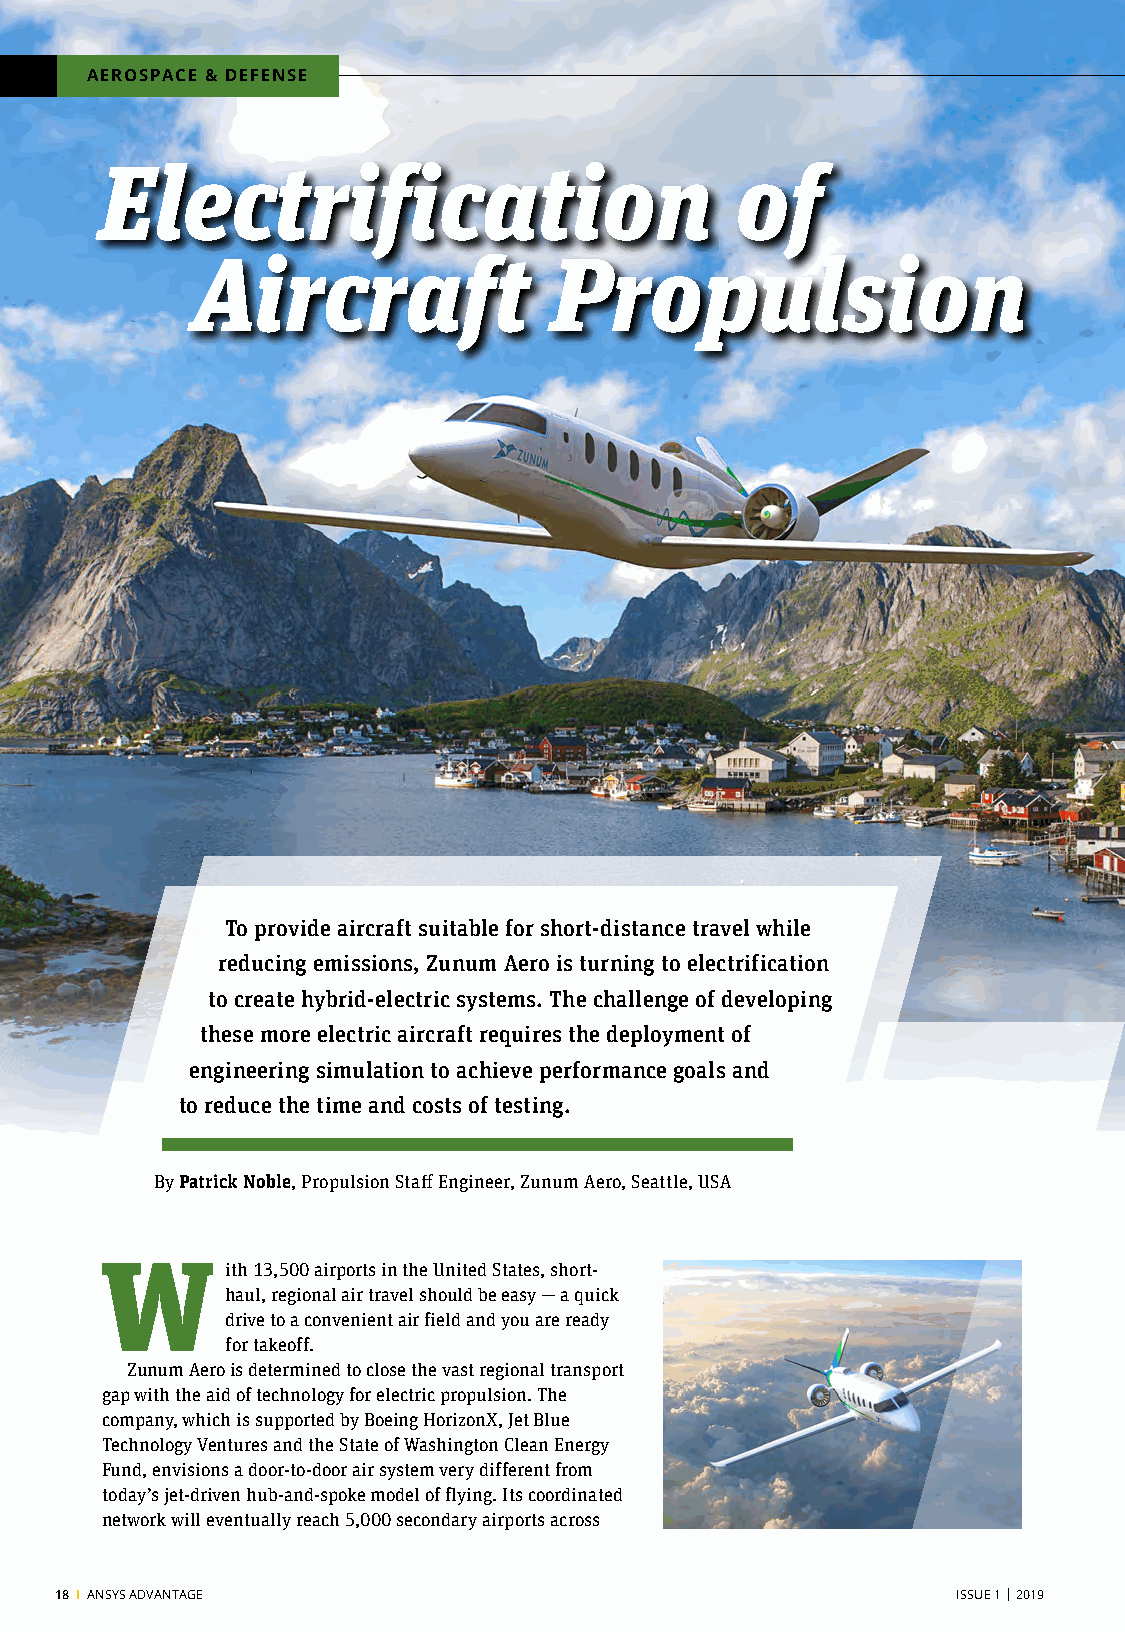
AEROSPACE & DEFENSE
 Electrification                           of
 Aircraft               Propulsion
 To provide aircraft suitable for short-distance travel while
 reducing emissions, Zunum Aero is turning to electrification
 to create hybrid-electric systems. The challenge of developing
 these more electric aircraft requires the deployment of
 engineering simulation to achieve performance goals and
 to reduce the time and costs of testing.
 By Patrick Noble, Propulsion Staff Engineer, Zunum Aero, Seattle, USA
 W       ith 13,500 airports in the United States, short-
 haul, regional air travel should be easy — a quick
 drive to a convenient air field and you are ready
 for takeoff.
 Zunum Aero is determined to close the vast regional transport
 gap with the aid of technology for electric propulsion. The
 company, which is supported by Boeing HorizonX, Jet Blue
 Technology Ventures and the State of Washington Clean Energy
 Fund, envisions a door-to-door air system very different from
 today’s jet-driven hub-and-spoke model of flying. Its coordinated
 network will eventually reach 5,000 secondary airports across
 18 I ANSYS ADVANTAGE                                       ISSUE 1 | 2019